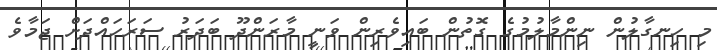
މި ހިނގާލުން ނިންމާލުމުގެ ގޮތުން ބައިވެރިން ވަނީ މާރަންދޫ ބަދަރު ސަރަހައްދަށް ޖަމާވެ